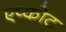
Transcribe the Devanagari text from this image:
एप्कोट